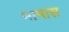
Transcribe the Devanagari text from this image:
नामास